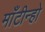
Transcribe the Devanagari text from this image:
माँटीन्हो